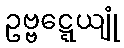
ဥဗ္ဗဋ္ဋေယျုံ